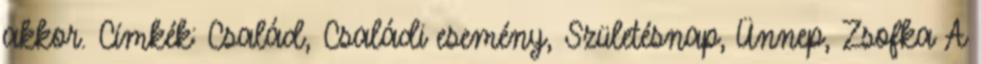
akkor. Címkék: Család, Családi esemény, Születésnap, Ünnep, Zsofka A